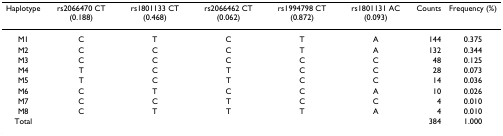
<table><thead><tr><td><b>Haplotype</b></td><td><b>rs2066470 CT (0.188)</b></td><td><b>rs1801133 CT (0.468)</b></td><td><b>rs2066462 CT (0.062)</b></td><td><b>rs1994798 CT (0.872)</b></td><td><b>rs1801131 AC (0.093)</b></td><td><b>Counts</b></td><td><b>Frequency (%)</b></td></tr></thead><tbody><tr><td>M1</td><td>C</td><td>T</td><td>C</td><td>T</td><td>A</td><td>144</td><td>0.375</td></tr><tr><td>M2</td><td>C</td><td>C</td><td>C</td><td>T</td><td>A</td><td>132</td><td>0.344</td></tr><tr><td>M3</td><td>C</td><td>C</td><td>C</td><td>C</td><td>C</td><td>48</td><td>0.125</td></tr><tr><td>M4</td><td>T</td><td>C</td><td>T</td><td>C</td><td>C</td><td>28</td><td>0.073</td></tr><tr><td>M5</td><td>T</td><td>C</td><td>T</td><td>C</td><td>C</td><td>14</td><td>0.036</td></tr><tr><td>M6</td><td>C</td><td>T</td><td>C</td><td>C</td><td>A</td><td>10</td><td>0.026</td></tr><tr><td>M7</td><td>C</td><td>C</td><td>T</td><td>C</td><td>C</td><td>4</td><td>0.010</td></tr><tr><td>M8</td><td>C</td><td>T</td><td>T</td><td>T</td><td>A</td><td>4</td><td>0.010</td></tr><tr><td>Total</td><td></td><td></td><td></td><td></td><td></td><td>384</td><td>1.000</td></tr></tbody></table>